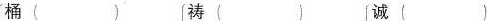
桶( ) 祷( ) 诚( )